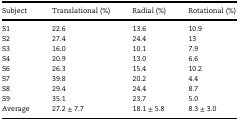
<table><thead><tr><td><b>Subject</b></td><td><b>Translational (%)</b></td><td><b>Radial (%)</b></td><td><b>Rotational (%)</b></td></tr></thead><tbody><tr><td>S1</td><td>22.6</td><td>13.6</td><td>10.9</td></tr><tr><td>S2</td><td>27.4</td><td>24.4</td><td>13</td></tr><tr><td>S3</td><td>16.0</td><td>10.1</td><td>7.9</td></tr><tr><td>S4</td><td>20.9</td><td>13.0</td><td>6.6</td></tr><tr><td>S6</td><td>26.3</td><td>15.4</td><td>10.2</td></tr><tr><td>S7</td><td>39.8</td><td>20.2</td><td>4.4</td></tr><tr><td>S8</td><td>29.4</td><td>24.4</td><td>8.7</td></tr><tr><td>S9</td><td>35.1</td><td>23.7</td><td>5.0</td></tr><tr><td>Average</td><td>27.2 ± 7.7</td><td>18.1 ± 5.8</td><td>8.3 ± 3.0</td></tr></tbody></table>